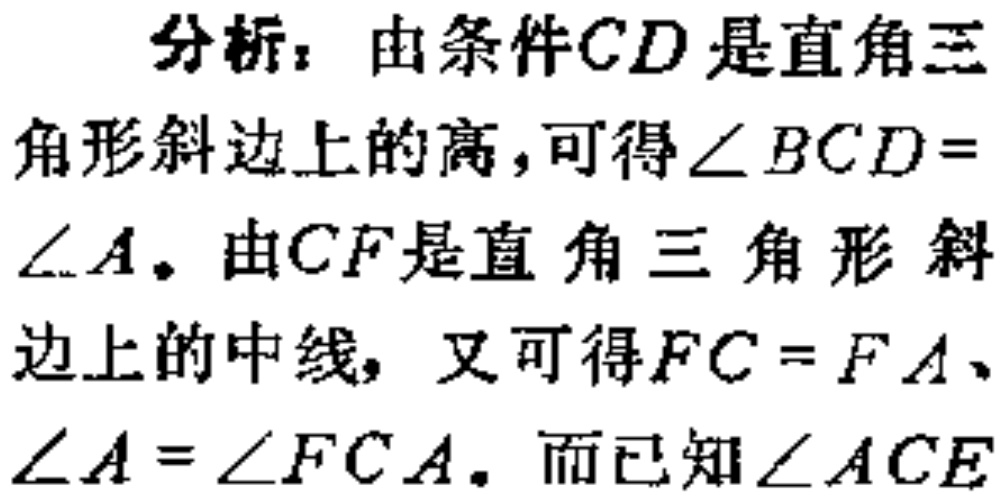
分析：由条件\(CD\)是直角三
角形斜边上的高，可得\(\angle BCD = \angle A\)。由\(CF\)是直角三角形斜
边上的中线，又可得\(FC = FA\)、\(\angle A = \angle FCA\)。而已知\(\angle ACE\)